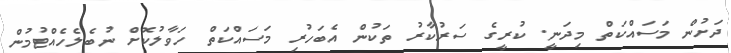
ދަށުން މަސައްކަތް މިދަނީ. ކުރީގެ ސަރުކާރު ތަކުން އެބަހުރި މަސައްކަތް ހަވާލުކޮށް ނުބެލެހެއްޓުމުން